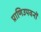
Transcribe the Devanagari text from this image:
प्राणिउपवनों